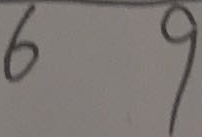
6 9